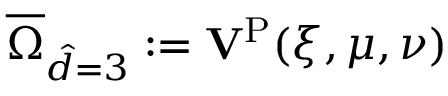
\overline { { \Omega } } _ { \hat { d } = 3 } : = \mathbf { V } ^ { \mathrm { P } } ( \xi , \mu , \nu )